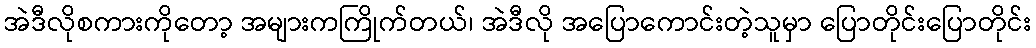
အဲဒီလိုစကားကိုတော့ အများကကြိုက်တယ်၊ အဲဒီလို အပြောကောင်းတဲ့သူမှာ ပြောတိုင်းပြောတိုင်း